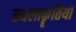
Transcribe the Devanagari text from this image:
स्थलाकॄतियों